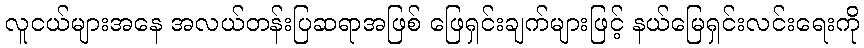
လူငယ်များအနေ အလယ်တန်းပြဆရာအဖြစ် ဖြေရှင်းချက်များဖြင့် နယ်မြေရှင်းလင်းရေးကို